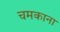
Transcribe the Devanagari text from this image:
चमकाना